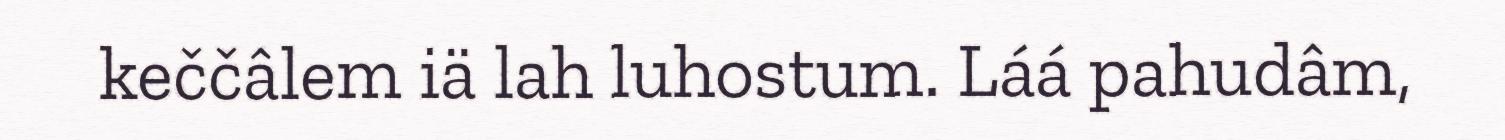
keččâlem iä lah luhostum. Láá pahudâm,